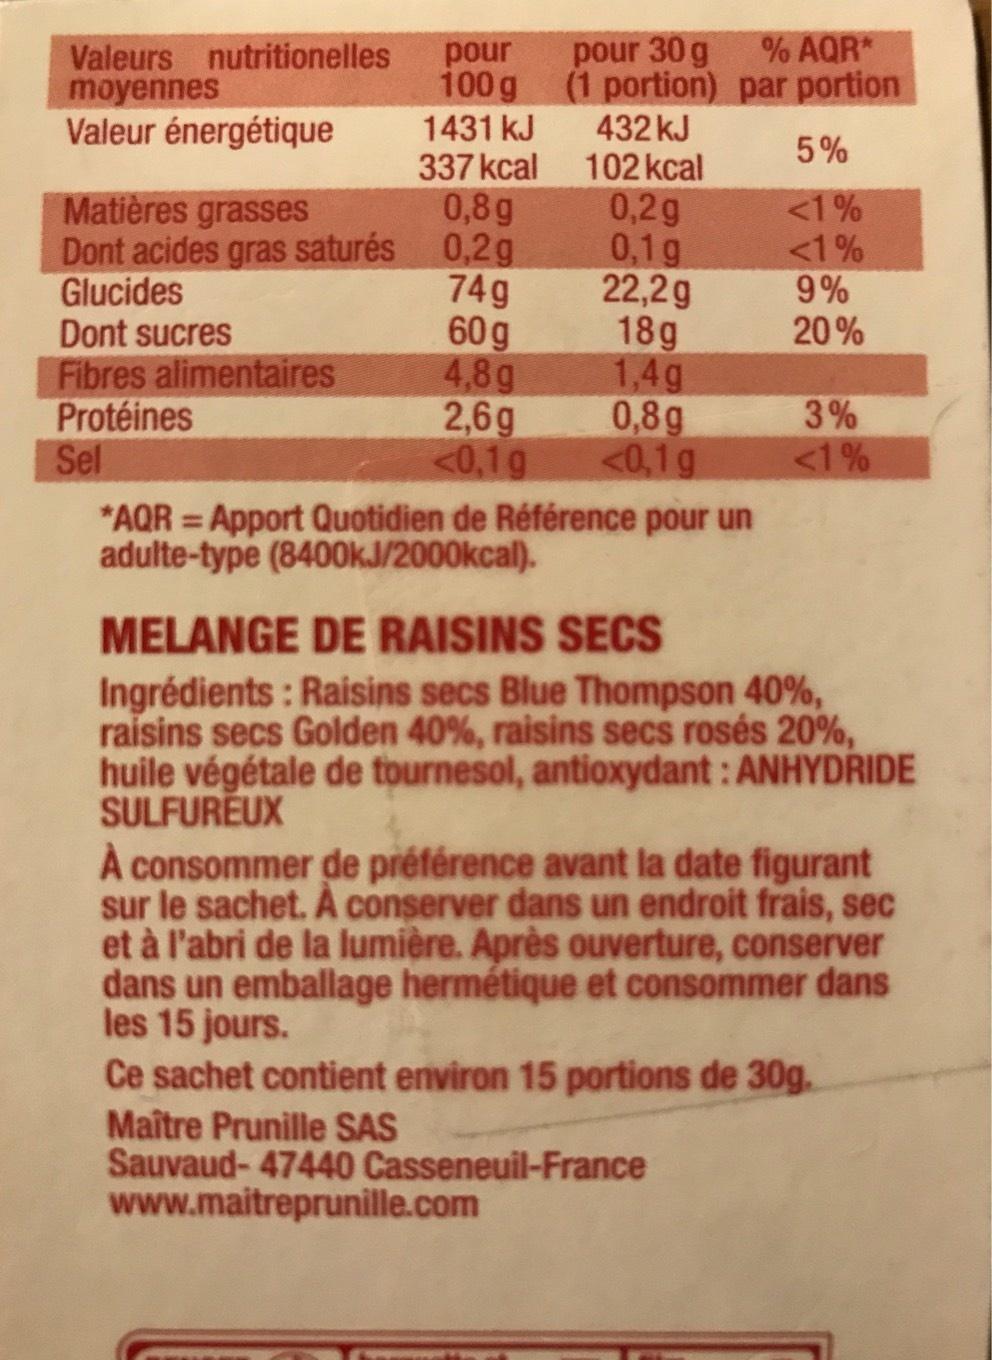
Valeurs nutritionelles
moyennes
Valeur énergétique
pour
100 g
1431 kJ
337 kcal
Matières grasses
0,8g
Dont acides gras saturés 0,2g
Glucides
74g
60 g
4,8g
2,6g
<0,1g
Dont sucres
Fibres alimentaires
Protéines
Sel
pour 30 g
(1 portion) 432 kJ
102 kcal
0,2g
0,1g
22,2g
18g
1,4g
0,8g
<0,1 g
% AQR* par portion
*AQR = Apport Quotidien de Référence pour un adulte-type (8400kJ/2000kcal).
5%
<1%
<1%
9%
20%
3%
<1%
MELANGE DE RAISINS SECS
Ingrédients: Raisins secs Blue Thompson 40%, raisins secs Golden 40%, raisins secs rosés 20%, huile végétale de tournesol, antioxydant: ANHYDRIDE SULFUREUX
À consommer de préférence avant la date figurant sur le sachet. À conserver dans un endroit frais, sec et à l'abri de la lumière. Après ouverture, conserver dans un emballage hermétique et consommer dans les 15 jours.
Ce sachet contient environ 15 portions de 30g.
Maître Prunille SAS
Sauvaud-47440 Casseneuil-France www.maitreprunille.com